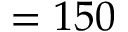
= 1 5 0